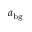
a _ { \mathrm { b g } }